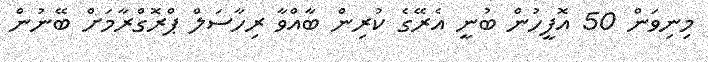
މިނިވަން 50 އޮފީހުން ބުނީ އެރޭގެ ކުރިން ބާއްވާ ރިހާސަލް ޕްރޮގްރާމަށް ބޭނުން